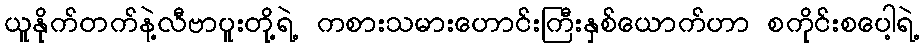
ယူနိုက်တက်နဲ့လီဗာပူးတို့ရဲ့ ကစားသမားဟောင်းကြီးနှစ်ယောက်ဟာ စကိုင်းစပေါ့ရဲ့